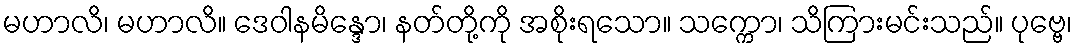
မဟာလိ၊ မဟာလိ။ ဒေဝါနမိန္ဒော၊ နတ်တို့ကို အစိုးရသော။ သက္ကော၊ သိကြားမင်းသည်။ ပုဗ္ဗေ၊